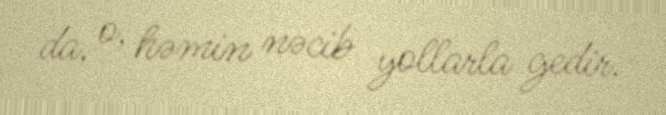
da, o, həmin nəcib yollarla gedir.